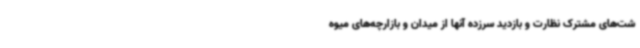
شت‌های مشترک نظارت و بازدید سرزده آنها از میدان و بازارچه‌های میوه